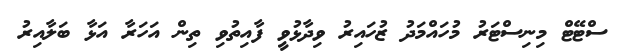
ސްޓޭޓް މިނިސްޓަރު މުހައްމަދު ޒުހައިރު ވިދާޅުވީ ފާއިތުވި ތިން އަހަރާ އަޅާ ބަލާއިރު